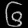
Digit: ၆